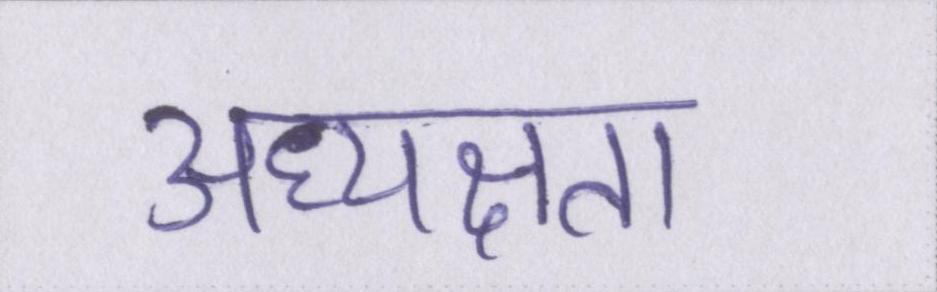
अध्यक्षता